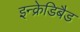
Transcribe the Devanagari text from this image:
इन्क्रेडिबैड